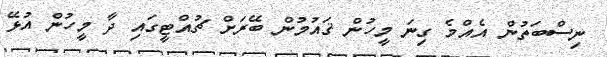
ނިސްބަތުން އެއްމެ ގިނަ މީހުން ޤައުމުން ބޭރަށް ޗުއްޓީގައި ދާ މީހުން އުޅޭ